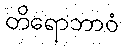
တိရောဘာဝံ